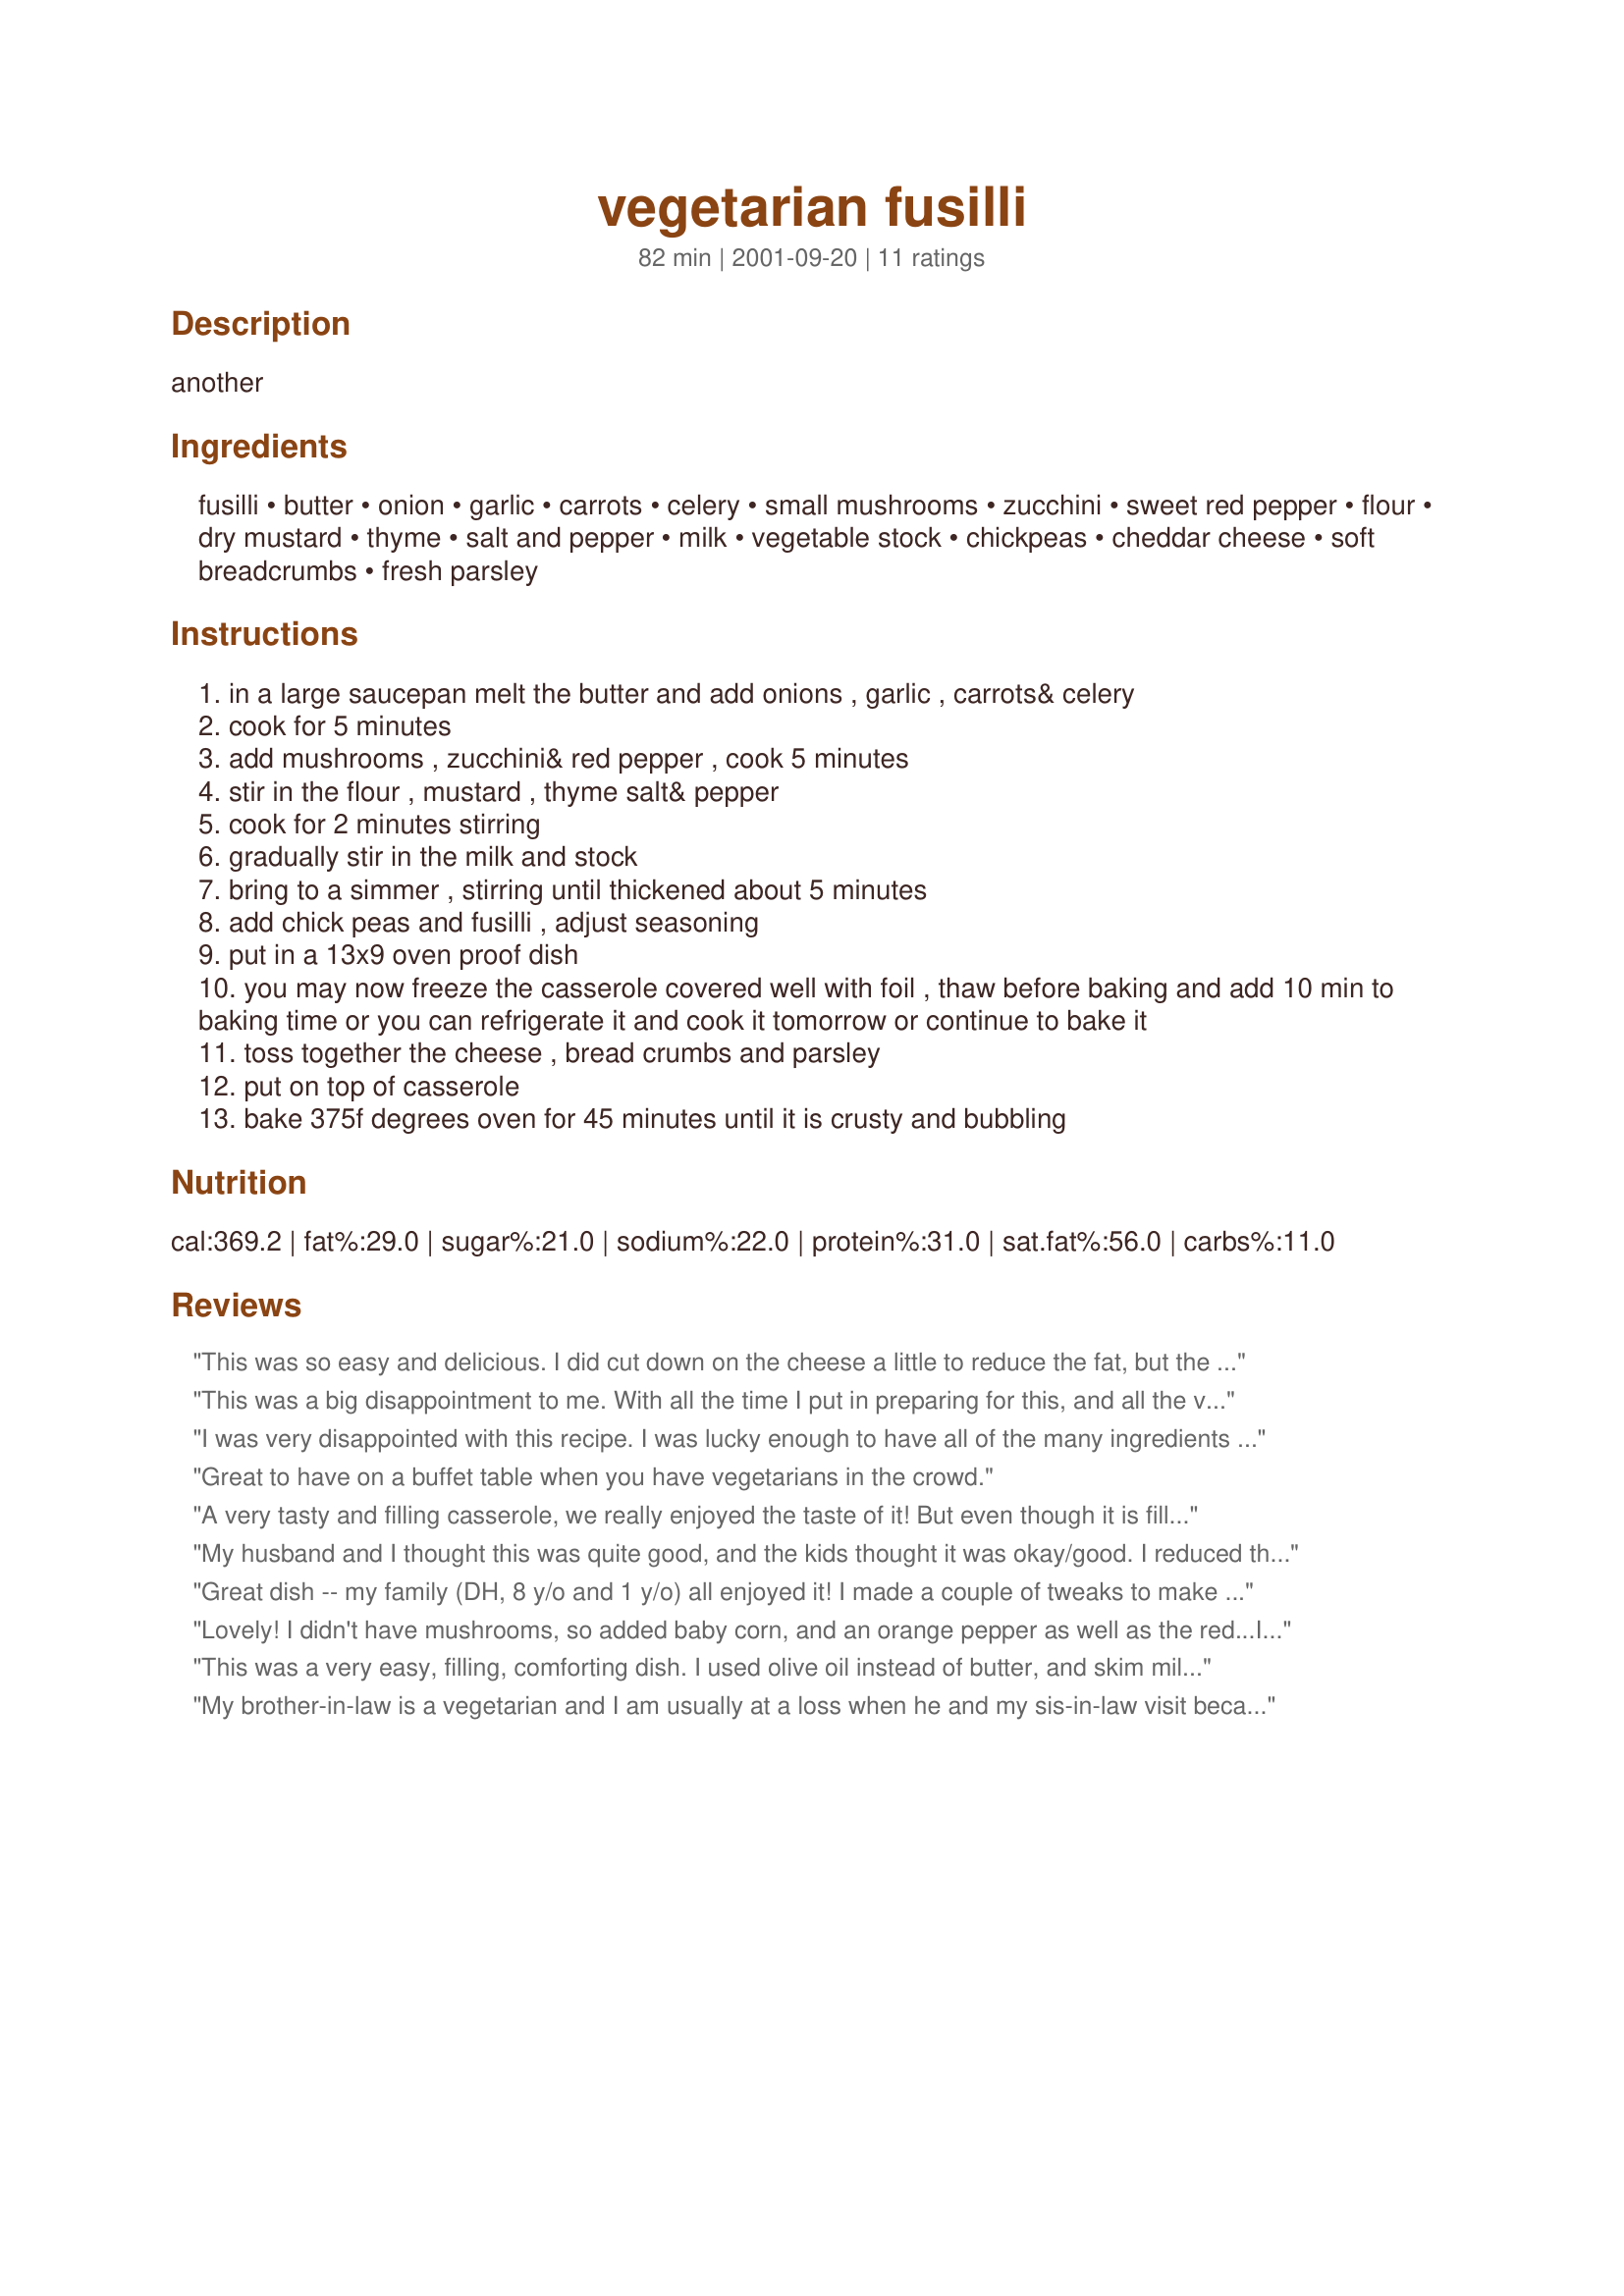
vegetarian fusilli
Preparation time: 82 minutes

another

Ingredients:
fusilli, butter, onion, garlic, carrots, celery, small mushrooms, zucchini, sweet red pepper, flour, dry mustard, thyme, salt and pepper, milk, vegetable stock, chickpeas, cheddar cheese, soft breadcrumbs, fresh parsley

Steps:
in a large saucepan melt the butter and add onions , garlic , carrots& celery
cook for 5 minutes
add mushrooms , zucchini& red pepper , cook 5 minutes
stir in the flour , mustard , thyme salt& pepper
cook for 2 minutes stirring
gradually stir in the milk and stock
bring to a simmer , stirring until thickened about 5 minutes
add chick peas and fusilli , adjust seasoning
put in a 13x9 oven proof dish
you may now freeze the casserole covered well with foil , thaw before baking and add 10 min to baking time or you can refrigerate it and cook it tomorrow or continue to bake it
toss together the cheese , bread crumbs and parsley
put on top of casserole
bake 375f degrees oven for 45 minutes until it is crusty and bubbling

Reviews:
This was so easy and delicious. I did cut down on the cheese a little to reduce the fat, but the other stats are great, and that is important to me in a vegetarian dish. I froze half for another day. Thank you for posting this, even my picky eater liked it.
This was a big disappointment to me. With all the time I put in preparing for this, and all the veggies that I used, I was expecting something that would WOW my family. The sauce would not thicken at all after at least 15 minutes. It was literally like a brothy soup. I added a bit more flour, which helped a lot. The recipe calls for about 3x too many breadcrumbs in my opinion. If I would have omitted them, I might have liked this a bit more. I definitely won't be making this again. I ended up throwing out over half of it because no one liked it.
I was very disappointed with this recipe. I was lucky enough to have all of the many ingredients left over in my fridge and I was happy to use up a lot of veggies in one dish. I found this to be quite flavorless and mushy. The sauce/pasta mixture did thicken for me after I added about 1/8 cup more flour, but it just didn't taste great. And while this recipe uses a lot of vegetables, it also uses way too much butter and cheese. The topping was also not good, as the bread crumbs cooked slower then the cheese and I ended up with crumbly loose bread crumbs and very crispy cheese. I do not recommend this one, and I really can't think of much to improve it. Maybe a different seasoning combination in the sauce, and adding the cheese to the sauce/pasta mixture instead of the topping would be better? Using at least 1/2 the bread crumbs might also help...
Great to have on a buffet table when you have vegetarians in the crowd.
A very tasty and filling casserole, we really enjoyed the taste of it! But even though it is filling, DH and I thought that it tasted more like a side-dish casserole, and that it would have been better as a smaller portion together with f.ex. chicken. But the taste was yummy!
My husband and I thought this was quite good, and the kids thought it was okay/good. I reduced the thyme since I find it too strong. Otherwise this was really nice comfort food. It was creamy, and the vegetable flavors blended so nicely. Thank you.
Great dish -- my family (DH, 8 y/o and 1 y/o) all enjoyed it! I made a couple of tweaks to make this dish a bit healthier (although it had tons of value as written!) I avoided the butter completely and used a little olive oil (at most 2 tsp) for cooking the veggies, used 2% cheese instead of full fat cheese and then used 1-1/2 C whole wheat fusilli and 1-1/2 tri-color fusilli. I will definitely make this dish in the future and will also try it with some shredded chicken. I was surprised how filling (and satisfying) this was -- we will get more than 8 servings out of this one.
Lovely! I didn't have mushrooms, so added baby corn, and an orange pepper as well as the red...I think if anything, you should use the vegetables in this a guideline, but add what you like and have fun with it. Even my non-vegetarian kids enjoyed it, which is such a treat for me, their vegetarian mum! This will be a standby recipe for me:)
This was a very easy, filling, comforting dish. I used olive oil instead of butter, and skim milk, and it was plenty "creamy" enough for us. I used tri-colored fusilli, and added in a big handful of chopped fresh parsley for a visual punch-up in the sauce. I cut the cheddar back and whirled it with the breadcrumbs, 1/4 c parmesan, parsley and a couple of tablespoons of e.v.o.o. in the cuisinart, and used that as a topping. Delish. Daughter # 3 really seemed to enjoy this, and she's not a big fan of garbanzoes.
My brother-in-law is a vegetarian and I am usually at a loss when he and my sis-in-law visit because I don't have many good vegetarian recipes. I tried this casserole out on them and they loved it. He ate two huge servings so I know he really did like it. I made it the night before and let it refrigerate overnight, then baked it the next day. Wonderful flavor and consistency. It made a substantial and filling meal. Thanks Bergy.
We liked this dish - even though we were missing celery and breadcrumbs. Only problem I had was that the sauce did not thicken - curious if it is because I dumped the liquid in all at once versus gradually or because I used skim milk. Help would be appreciated! Thanks
